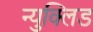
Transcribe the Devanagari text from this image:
न्युक्लिड